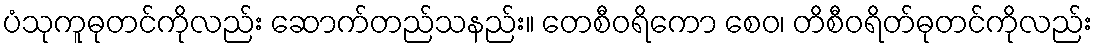
ပံသုကူဓုတင်ကိုလည်း ဆောက်တည်သနည်း။ တေစီဝရိကော စေဝ၊ တိစီဝရိတ်ဓုတင်ကိုလည်း